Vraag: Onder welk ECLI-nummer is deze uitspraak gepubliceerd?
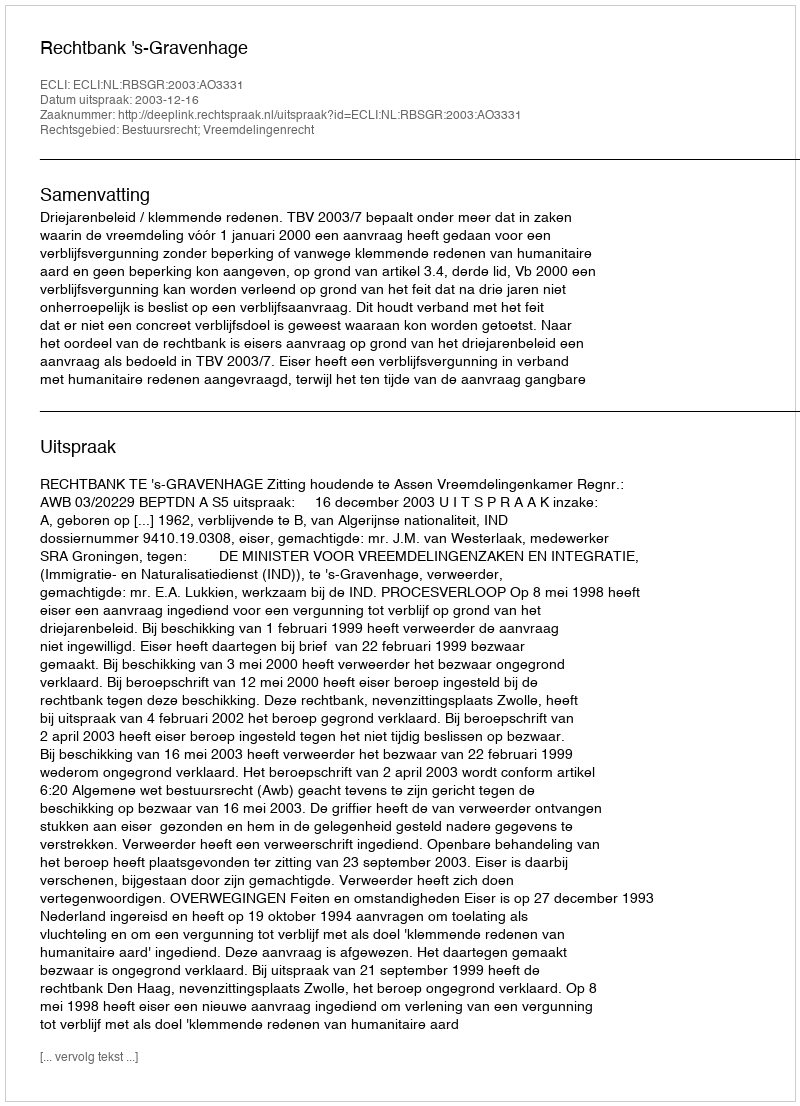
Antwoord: ECLI:NL:RBSGR:2003:AO3331